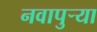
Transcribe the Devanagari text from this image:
नवापुर्‍या